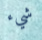
شيء